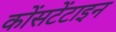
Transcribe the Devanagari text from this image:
कोंसटेंटाइन